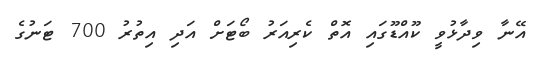
އޭނާ ވިދާޅުވީ ކޫއްޑޫގައި އޮތް ކެރިއަރު ބޯޓަށް އަދި އިތުރު 700 ޓަނުގެ